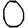
Digit: 0